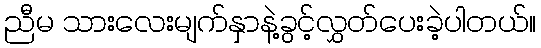
ညီမ သားလေးမျက်နှာနဲ့ခွင့်လွှတ်ပေးခဲ့ပါတယ်။